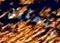
بتمثيل